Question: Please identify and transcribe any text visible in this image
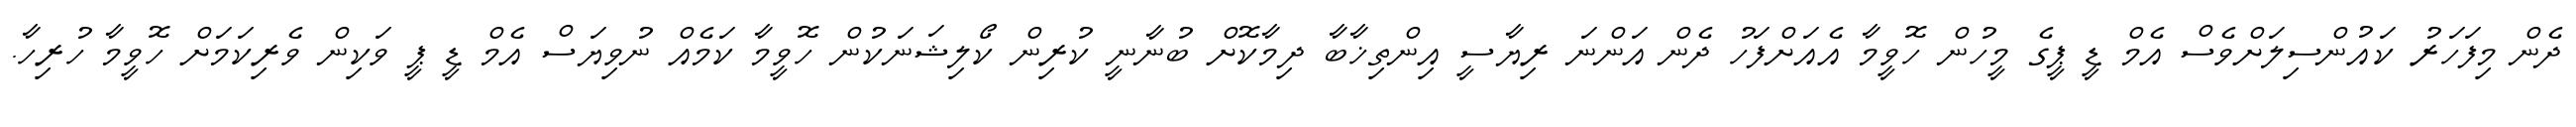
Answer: ދެން މިފަހަރު ކައުންސިލަށްވެސް އެމް ޑީ ޕީގެ މީހުން ހޮވީމާ އެއަށްފަހު ދެން އަންނަ ރިޔާސީ އިންތިޚާބާ ދިމާކޮށް ބުނާނީ ކުރިން ކޯލިޝަނަކުން ހޮވީމާ ކަމެއް ނުވިޔަސް އެމް ޑީ ޕީ ވަކިން ވެރިކަމަށް ހޮވީމާ ހުރިހާ.